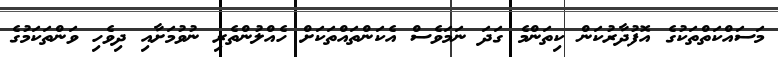
މަސައްކަތްތަކުގެ އޮފުދާރުކަން ކިތަންމެ ގަދަ ނަމަވެސް އެކަންތައްތަކަށް ހެއްލުންތެރި ނުވުމަށާއި ދިވެހި ވަންތަކަމުގެ